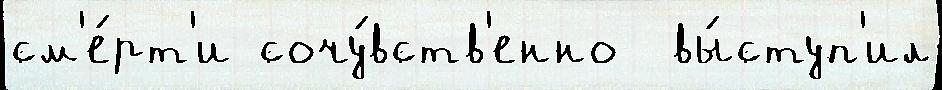
см'е́рт'и сочу́вств'енно  вы́ступ'ил